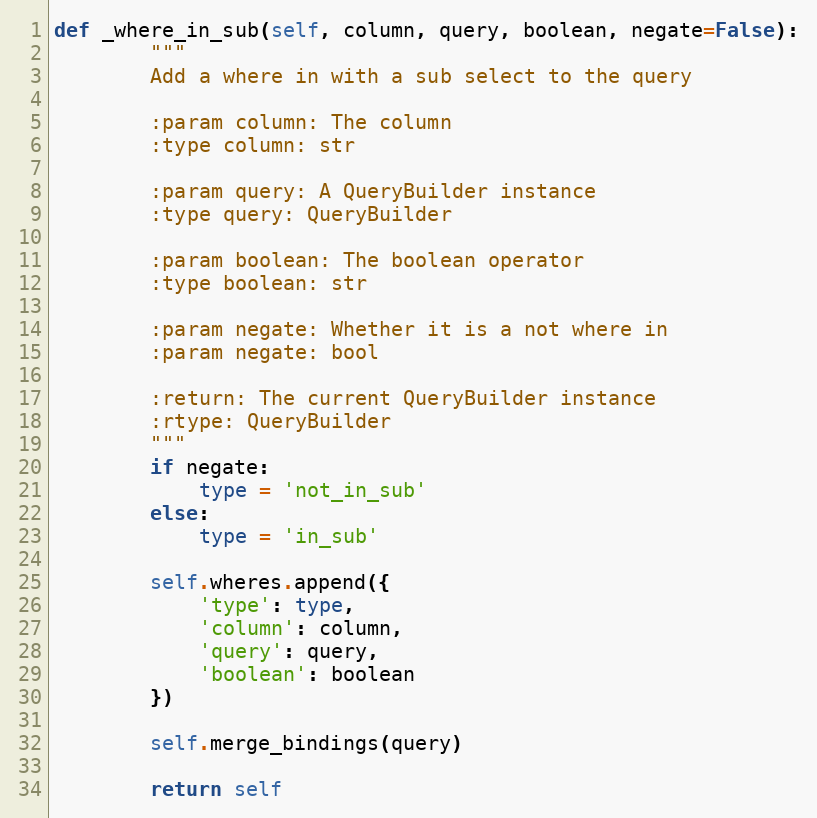
Language: Python
def _where_in_sub(self, column, query, boolean, negate=False):
        """
        Add a where in with a sub select to the query

        :param column: The column
        :type column: str

        :param query: A QueryBuilder instance
        :type query: QueryBuilder

        :param boolean: The boolean operator
        :type boolean: str

        :param negate: Whether it is a not where in
        :param negate: bool

        :return: The current QueryBuilder instance
        :rtype: QueryBuilder
        """
        if negate:
            type = 'not_in_sub'
        else:
            type = 'in_sub'

        self.wheres.append({
            'type': type,
            'column': column,
            'query': query,
            'boolean': boolean
        })

        self.merge_bindings(query)

        return self